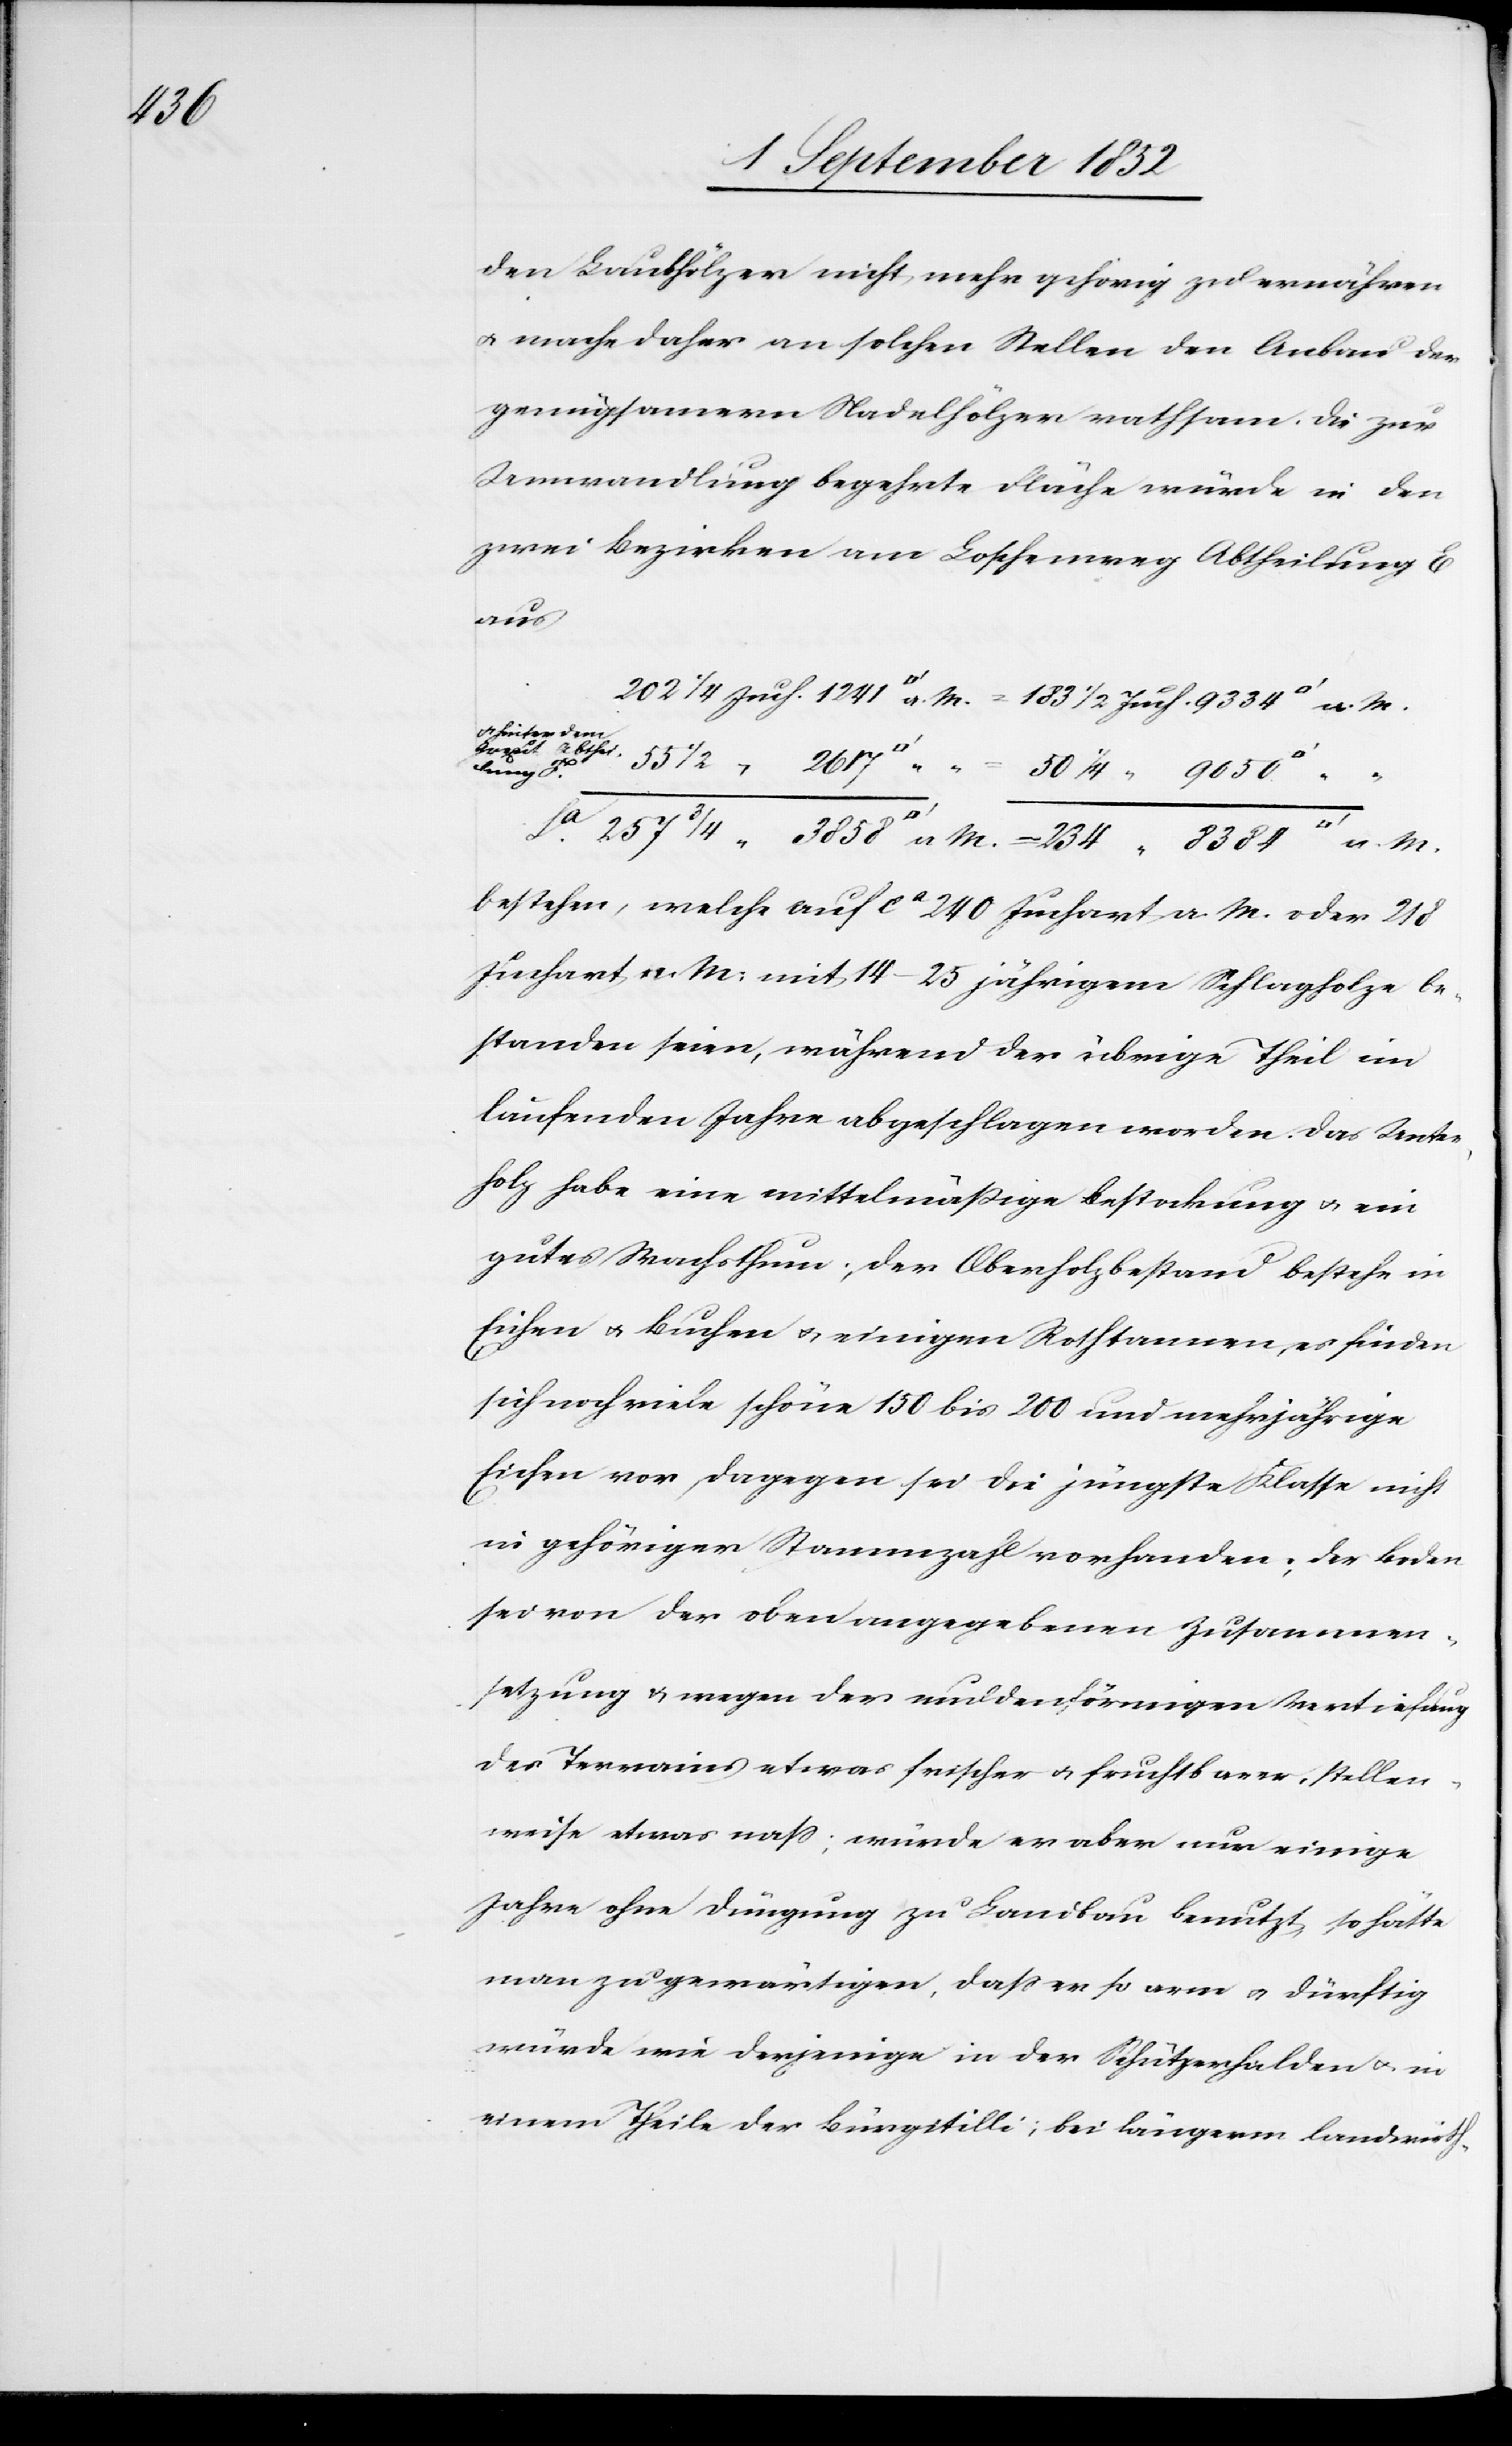
8384

den Laubhölzer nicht mehr gehörig zu ernähren
& mache daher an solchen Stellen den Anbau der
genügsamern Nadelhölzer rathsam. Die zur
Umwandlung begehrte Fläche würde in den
zwei Bezirken am Loschenweg Abheilung E
aus
hinter dem
Greut
[Quadratfuß] a.
bestehen, welche auf ca 240 Juchart a. M. oder 218
Juchart a. M. mit 14–25 jährigem Schlagholze be¬
standen seien, während der übrige Theil im
laufenden Jahre abgeschlagen worden. Das Unter¬
holz habe eine mittelmäßige Bestockung & ein
gutes Wachsthum; der Oberholzbestand bestehe in
Eichen & Buchen & einigen Rothtannen, es finden
sich noch viele schöne 150 bis 200 und mehrjährige
Eichen vor, dagegen sei die jüngste Klasse nicht
in gehöriger Stammzahl vorhanden; der Boden
sei von der oben angegebenen Zusammen¬
setzung & wegen der muldenförmigen Vertiefung
des Terrains etwas frischer & fruchtbarer, stellen¬
weise etwas nass; würde er aber nur einige
Jahre ohne Düngung zu Landbau benutzt, so hätte
man zu gewärtigen, dass er so arm & dürftig
würde wie derjenige in der Schützerhalden & in
einem Theile der Bürgitilli; bei längerm landwirth-